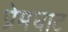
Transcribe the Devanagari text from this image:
प्रेमघाट